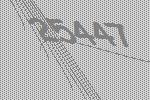
25447